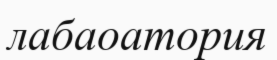
лабаоатория